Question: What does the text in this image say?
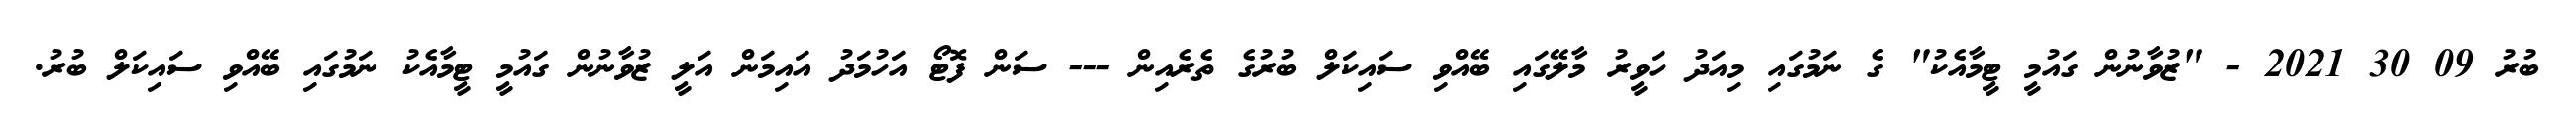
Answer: ބުރު 09 30 2021 - "ޒުވާނުން ގައުމީ ޓީމާއެކު" ގެ ނަމުގައި މިއަދު ހަވީރު މާލޭގައި ބޭއްވި ސައިކަލް ބުރުގެ ތެރެއިން --- ސަން ފޮޓޯ އަހުމަދު އައިމަން އަލީ ޒުވާނުން ގައުމީ ޓީމާއެކު ނަމުގައި ބޭއްވި ސައިކަލް ބުރު.